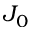
J _ { 0 }